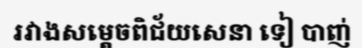
រវាងសម្តេចពិជ័យសេនា ទៀ បាញ់